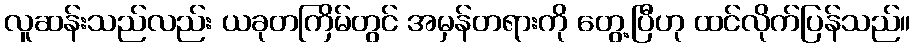
လူဆန်းသည်လည်း ယခုတကြိမ်တွင် အမှန်တရားကို တွေ့ပြီဟု ထင်လိုက်ပြန်သည်။